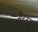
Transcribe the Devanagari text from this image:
गै़रा